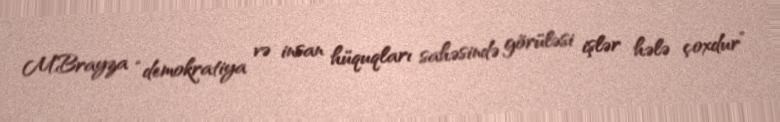
M.Brayza “demokratiya və insan hüquqları sahəsində görüləsi işlər hələ çoxdur”